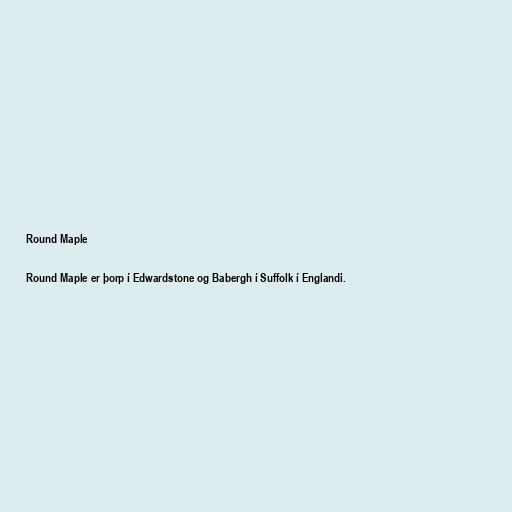
Round Maple

Round Maple er þorp í Edwardstone og Babergh í Suffolk í Englandi.